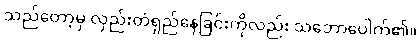
သည်တော့မှ လှည်းတံရှည်နေခြင်းကိုလည်း သဘောပေါက်၏။